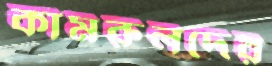
কামরুলদের